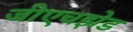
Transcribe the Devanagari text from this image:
जीएचझेड